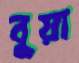
বুয়া